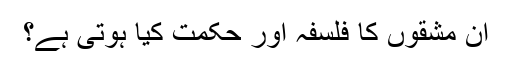
ان مشقوں کا فلسفہ اور حکمت کیا ہوتی ہے؟